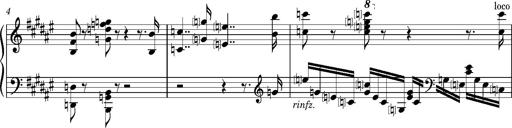
Title: Preludio â€” Allegro maestoso
Composer: Franz Liszt
Key: F-sharp major